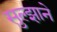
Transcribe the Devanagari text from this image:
सुल्झाने